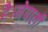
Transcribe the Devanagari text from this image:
है।नेपाली